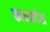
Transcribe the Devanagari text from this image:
काव्यादेश